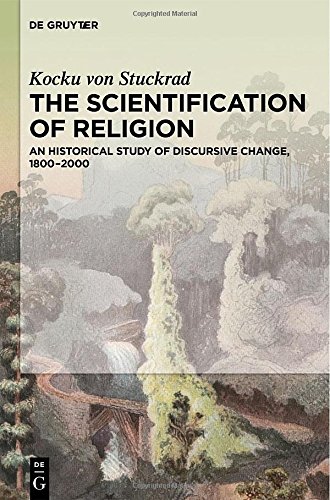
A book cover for The Scientification of Religion; Kocku von Stuckrad; Religion & Spirituality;